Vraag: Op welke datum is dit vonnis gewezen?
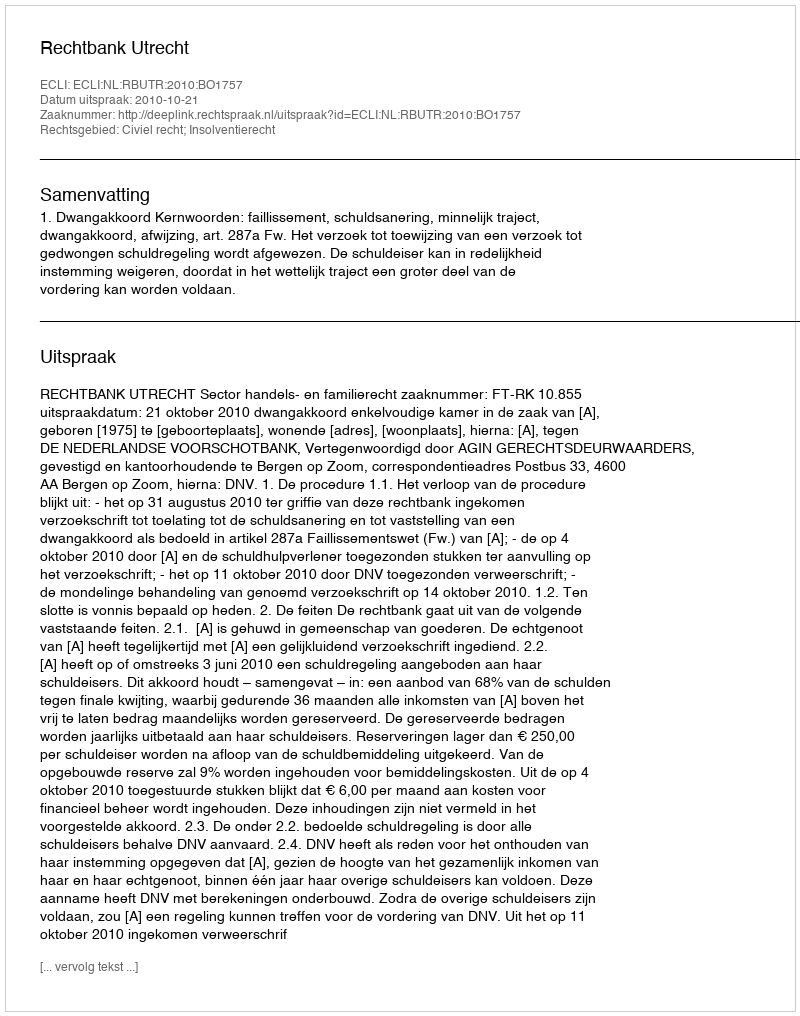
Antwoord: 2010-10-21